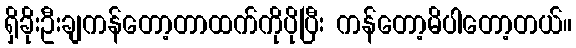
ရှိခိုးဦးချကန်တော့တာထက်ကိုပိုပြီး ကန်တော့မိပါတော့တယ်။